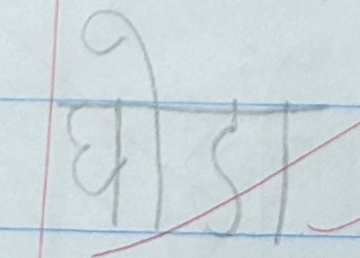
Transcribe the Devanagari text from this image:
घोडा